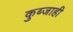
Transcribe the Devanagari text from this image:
कुब्जाही